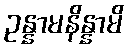
ဥန္နာမနိန္နာမိ